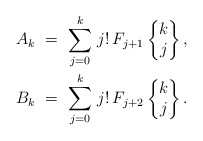
\begin{align*} A_k \ &= \ \sum_{j=0}^{k} \, j! \, F_{j+1} \begin{Bmatrix}k \\ j \end{Bmatrix}, \\ B_k \ &= \ \sum_{j=0}^{k} \, j! \, F_{j+2} \begin{Bmatrix}k \\ j \end{Bmatrix}. \end{align*}